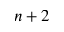
n + 2